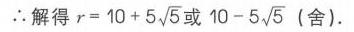
\(\therefore\)解得\(r = 10 + 5\sqrt{5}\)或\(10 - 5\sqrt{5}\)（舍）.